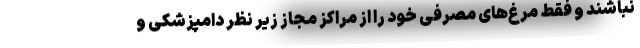
نباشند و فقط مرغ‌های مصرفی خود را از مراکز مجاز زیر نظر دامپزشکی و